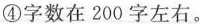
④字数在200字左右。